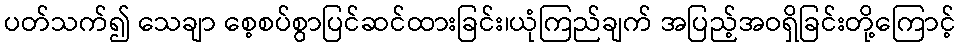
ပတ်သက်၍ သေချာ စေ့စပ်စွာပြင်ဆင်ထားခြင်း၊ယုံကြည်ချက် အပြည့်အဝရှိခြင်းတို့ကြောင့်